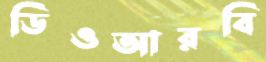
ডিওআরবি